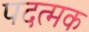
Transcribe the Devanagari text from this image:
पदत्मक